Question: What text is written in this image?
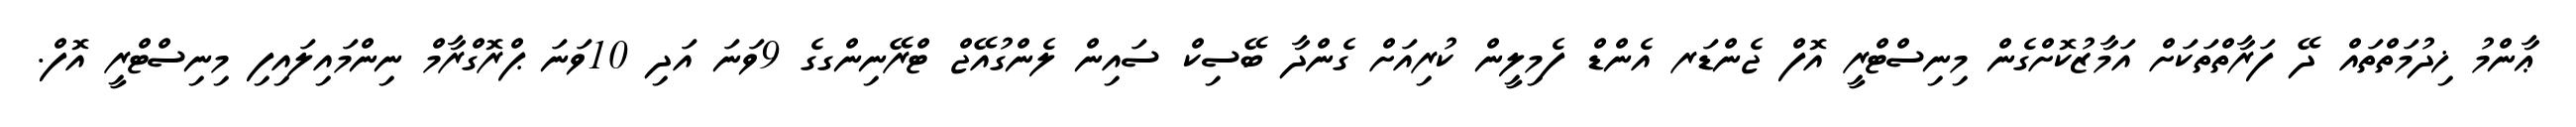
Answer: ޢާންމު ޚިދުމަތްތައް ދޭ ފަރާތްތަކަށް އަމާޒުކޮށްގެން މިނިސްޓްރީ އޮފް ޖެންޑަރ އެންޑް ފެމިލީން ކުރިއަށް ގެންދާ ބޭސިކް ސައިން ލެންގުއޭޖް ޓްރޭނިންގގެ 9ވަނަ އަދި 10ވަނަ ޕްރޮގްރާމް ނިންމައިލައިފި މިނިސްޓްރީ އޮފް.